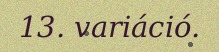
13. variáció.